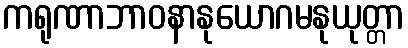
ကရုဏာဘာဝနာနုယောဂမနုယုတ္တာ